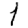
Digit: 1